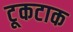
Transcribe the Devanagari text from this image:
टूकटाक